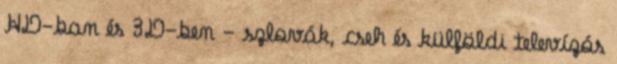
HD-ban és 3D-ben - szlovák, cseh és külföldi televízós